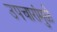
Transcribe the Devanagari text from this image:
उपचारांमुळे